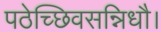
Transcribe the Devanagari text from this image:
पठेच्छिवसन्निधौ।